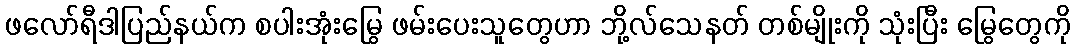
ဖလော်ရီဒါပြည်နယ်က စပါးအုံးမြွေ ဖမ်းပေးသူတွေဟာ ဘို့လ်သေနတ် တစ်မျိုးကို သုံးပြီး မြွေတွေကို